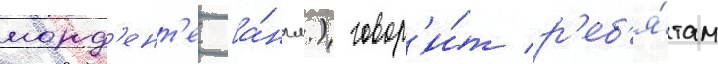
морд'ент'е [а́нгл.) говор'и́т р'еб'я́там